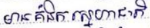
មានគំនិតស្នេហាជាតិ